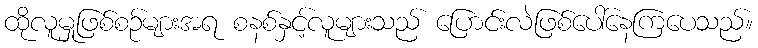
ထိုလူမှုဖြစ်စဉ်များအရ စနစ်နှင့်လူများသည် ပြောင်းလဲဖြစ်ပေါ်နေကြပေသည်။